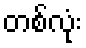
တစ်လုံး